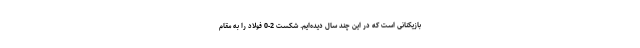
بازیکنانی است که در این چند سال دیده‌ایم. شکست 2-0 فولاد را به مقام